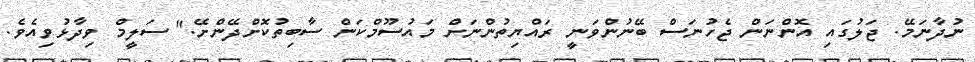
ނުދާނަމޭ. ޖަލުގައި އޮންނަން ޖެހުނަސް ބޭނުންވަނީ ރައްޔިތުންނަށް މައުސޫމްކަން ސާބިތުކޮށްދޭންށޭ." ސަލީމް ވިދާޅުވިއެވެ.